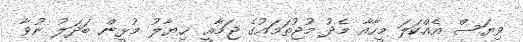
ވިޔަސް އެއްކަލަ މީހާއާ މެދު މުޖުތަމައުގެ ޖަމާއީ ޚިޔާލު މުޅީން ބަދަލު ނުވާ